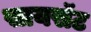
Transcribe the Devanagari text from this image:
सायसॅट